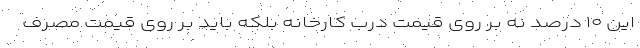
این ۱۰ درصد نه بر روی قیمت درب کارخانه بلکه باید بر روی قیمت مصرف